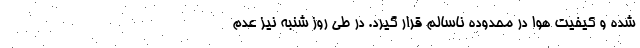
شده و کیفیت هوا در محدوده ناسالم قرار گیرد. در طی روز شنبه نیز عدم